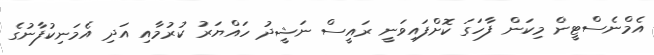
އެމްނެސްޓީން މިކަން ފާހަގަ ކޮށްފައިވަނީ ރައީސް ނަޝީދު ހައްޔަރު ކުރުމާއި އަދި އެމަނިކުފާނުގެ